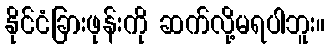
နိုင်ငံခြားဖုန်းကို ဆက်လို့မရပါဘူး။